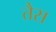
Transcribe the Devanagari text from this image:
तैस